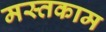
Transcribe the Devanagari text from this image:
मस्तकाम